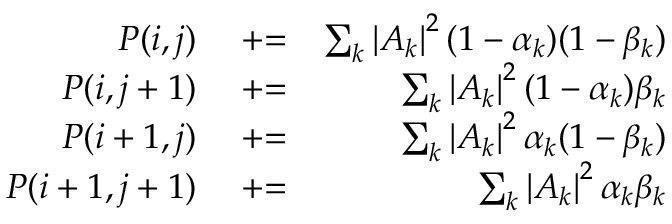
\begin{array} { r l r } { P ( i , j ) } & { { } \mathrel { + } = } & { \sum _ { k } \left| A _ { k } \right| ^ { 2 } ( 1 - \alpha _ { k } ) ( 1 - \beta _ { k } ) } \\ { P ( i , j + 1 ) } & { { } \mathrel { + } = } & { \sum _ { k } \left| A _ { k } \right| ^ { 2 } ( 1 - \alpha _ { k } ) \beta _ { k } } \\ { P ( i + 1 , j ) } & { { } \mathrel { + } = } & { \sum _ { k } \left| A _ { k } \right| ^ { 2 } \alpha _ { k } ( 1 - \beta _ { k } ) } \\ { P ( i + 1 , j + 1 ) } & { { } \mathrel { + } = } & { \sum _ { k } \left| A _ { k } \right| ^ { 2 } \alpha _ { k } \beta _ { k } } \end{array}